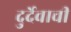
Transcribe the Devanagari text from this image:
दुर्देवाची